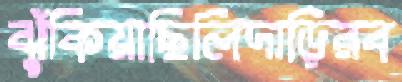
ঝুঁকিয়াছিলিদাড়িরব